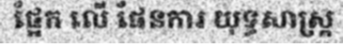
ផ្អែក លើ ផែនការ យុទ្ធសាស្ត្រ